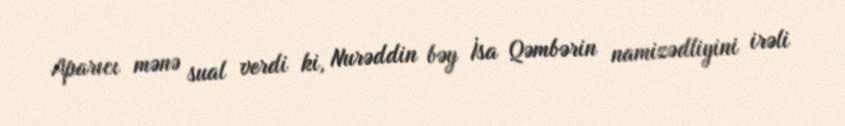
Aparıcı mənə sual verdi ki, Nurəddin bəy İsa Qəmbərin namizədliyini irəli